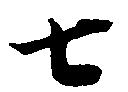
七